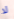
لا